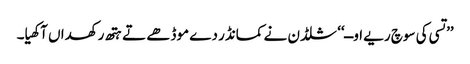
’’تسی کی سوچ ریے اوــ‘‘ شلڈن نے کمانڈر دے موڈھے تے ہتھ رکھداں آکھیا۔